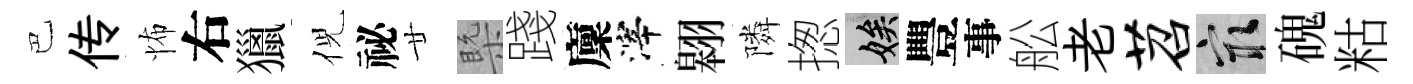
巴传怖右獵倪祕廿槩踐廩滓翱隣揔娭豐事舩老苕冣磈䊀